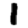
Digit: 1